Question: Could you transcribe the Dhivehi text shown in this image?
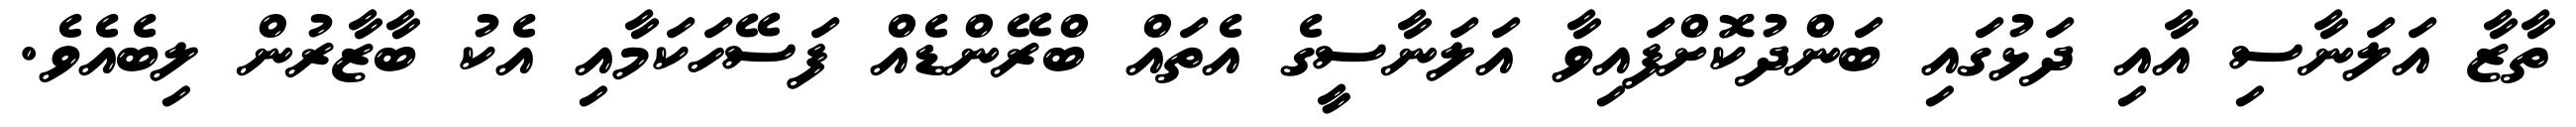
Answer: ތާޒާ އަލަނާސި އާއި ދަޅުގައި ބަންދުކޮށްފައިވާ އަލަނާސީގެ އެތައް ބްރޭންޑެއް ފަސޭހަކަމާއި އެކު ބާޒާރުން ލިބެއެވެ.